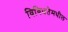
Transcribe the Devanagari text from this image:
विविधतेमधील